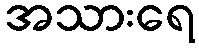
အသားရေ